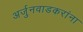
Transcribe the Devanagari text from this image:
अर्जुनवाडकरांना